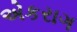
એકરાગ